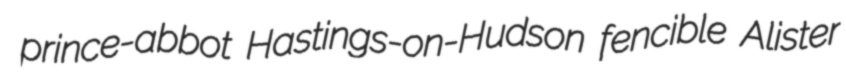
prince-abbot Hastings-on-Hudson fencible Alister